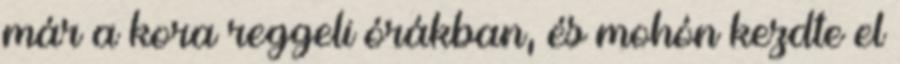
már a kora reggeli órákban, és mohón kezdte el